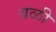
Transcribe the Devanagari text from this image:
वळी